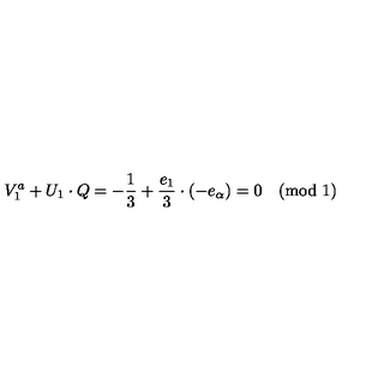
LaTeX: V _ { 1 } ^ { a } + U _ { 1 } \cdot Q = - { \frac { 1 } { 3 } } + { \frac { e _ { 1 } } { 3 } } \cdot ( - e _ { \alpha } ) = 0 \pmod { 1 }